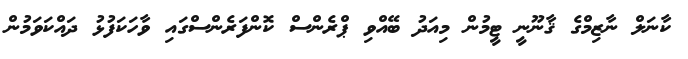
ކާނަލް ނާޒިމްގެ ޤާނޫނީ ޓީމުން މިއަދު ބޭއްވި ޕްރެންސް ކޮންފަރެންސްގައި ވާހަކަފުޅު ދައްކަވަމުން